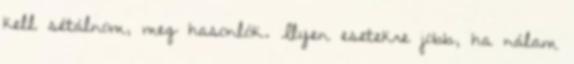
kell sétálnom, meg hasonlók. Ilyen esetekre jobb, ha nálam